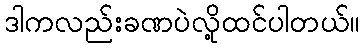
ဒါကလည်းခဏပဲလို့ထင်ပါတယ်။